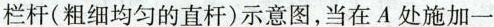
栏杆(粗细均匀的直杆)示意图，当在A处施加一